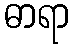
ဓာရာ